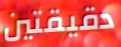
دقيقتين